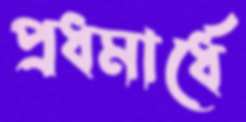
প্রধমার্ধে